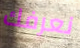
نعرفك